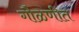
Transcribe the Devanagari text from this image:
गौळणीत